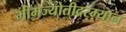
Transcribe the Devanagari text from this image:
भीमज्योतीदरम्यान